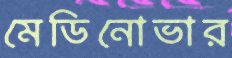
মেডিনোভার